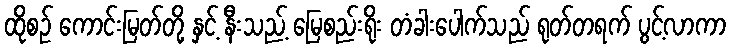
ထိုစဉ် ကောင်းမြတ်တို့ နှင့် နီးသည့် မြေစည်းရိုး တံခါးပေါက်သည် ရုတ်တရက် ပွင့်လာကာ